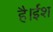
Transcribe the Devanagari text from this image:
है।ईश